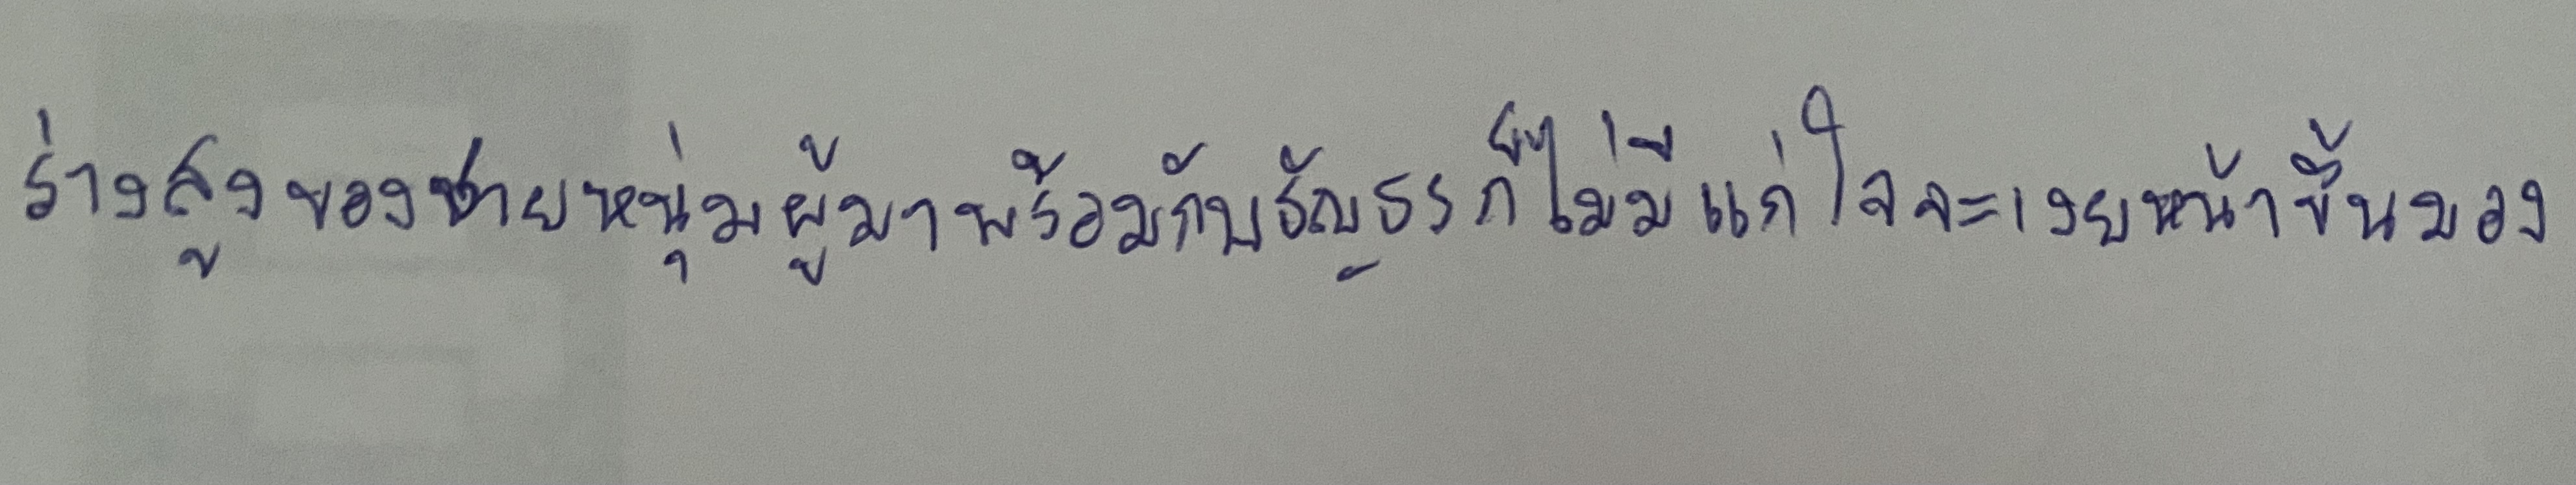
ร่างสูงของชายหนุ่มผู้มาพร้อมกับธัญธรก็ไม่มีแก่ใจจะเงยหน้าขึ้นมอง